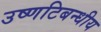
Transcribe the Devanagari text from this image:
उष्णटिबन्धीय